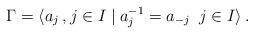
LaTeX: \begin{align*}\Gamma = \langle a_j\,, j \in I \mid a_j^{-1} = a_{-j} \;\; j \in I \rangle\,.\end{align*}